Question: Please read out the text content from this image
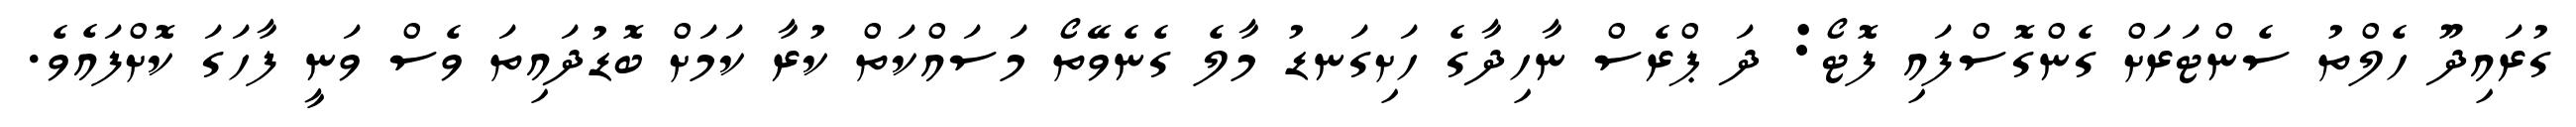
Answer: ގުރައިދޫ ހެލްތު ސެންޓަރަށް ގެންގޮސްފައި ފޮޓޯ: ދަ ޕްރެސް ނާހިދާގެ ހަށިގަނޑު މާލެ ގެނެވޭތޯ މަސައްކަތް ކުރާ ކަމަށް ބޮޑުދައިތަ ވެސް ވަނީ ފާހަގަ ކޮށްފައެވެ.